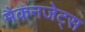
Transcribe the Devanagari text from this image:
मैकनजेट्स